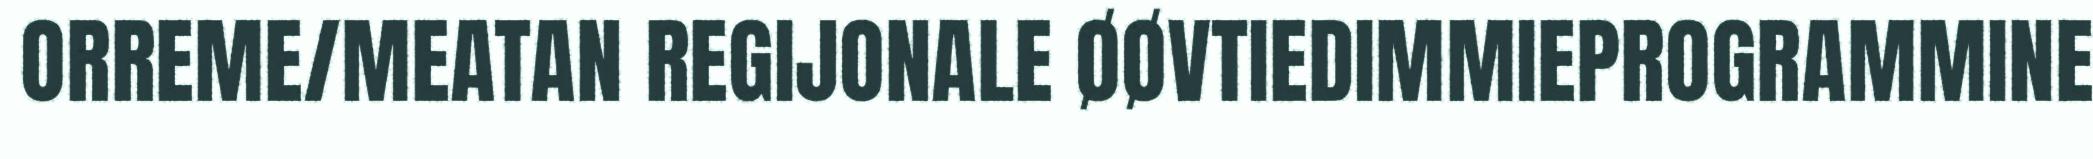
ORREME/MEATAN REGIJONALE ØØVTIEDIMMIEPROGRAMMINE